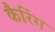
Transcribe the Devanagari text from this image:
कैरिंग